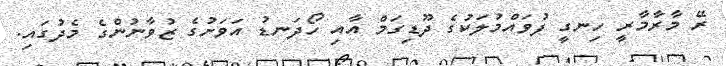
ރޭ މާރާމާރީ ހިނގީ ފުވައްމުލަކުގެ ދޫޑިގަމް އާއި ހޯދަނޑު އަވަށުގެ ޒުވާނުންގެ މެދުގައި.